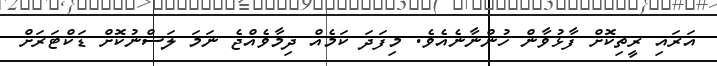
އަރައި ރީތިކޮށް ފާޅުވާން ހުންނާނެއެވެ. މިފަދަ ކަމެއް ދިމާވެއްޖެ ނަމަ ލަސްނުކޮށް ޑަކްޓަރަށް